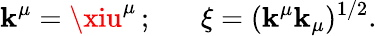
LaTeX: \mathbf{k}^{\mu}=\xiu^{\mu}\, ;\; \; \; \; \; \; \xi=(\mathbf{k}^{\mu}\mathbf{k}_{\mu})^{1/2}.